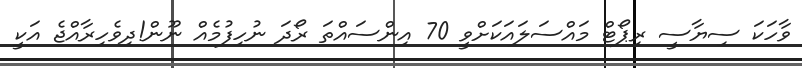
ވާހަކަ ސިޔާސީ ރިޕޯޓް މައްސަލައަކަށްވީ 70 އިންސައްތަ ރޯދަ ނުހިފުމެއް ނޫން!ދިވެހިރާއްޖެ އަކީ